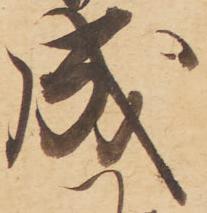
成